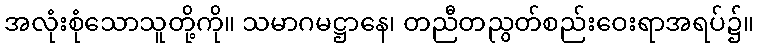
အလုံးစုံသောသူတို့ကို။ သမာဂမဋ္ဌာနေ၊ တညီတညွတ်စည်းဝေးရာအရပ်၌။